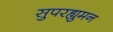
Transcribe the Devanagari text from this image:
सुपरह्युमन